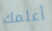
أعلمك